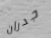
جدران